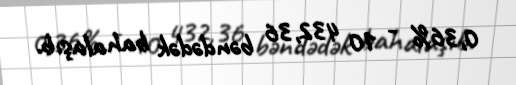
0,36% - 10 432,36 bəndədək bahalaşıb.